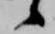
候